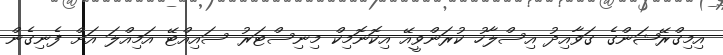
އިމިގްރޭޝަންގެ ގަވާއިދު އިސްލާހު ކުރަންވީއޭ އިކޮނޮމިކް މިނިސްޓަރު ސައިއްޓޭ އަމިއްލަ އަށް ފެނިގެން